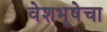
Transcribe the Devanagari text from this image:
वेशभूषेचा